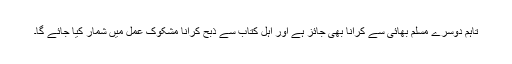
تاہم دوسرے مسلم بھائی سے کرانا بھی جائز ہے اور اہل کتاب سے ذبح کرانا مشکوک عمل میں شمار کیا جائے گا۔